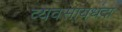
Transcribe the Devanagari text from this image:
व्यवसायधंदा